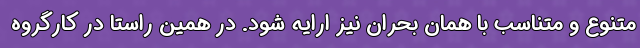
متنوع و متناسب با همان بحران نیز ارایه شود. در همین راستا در کارگروه